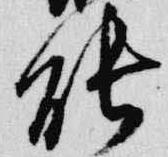
能